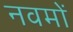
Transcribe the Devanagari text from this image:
नवमों